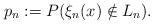
LaTeX: \begin{align*}p_n:=P(\xi_n(x)\notin L_n).\end{align*}